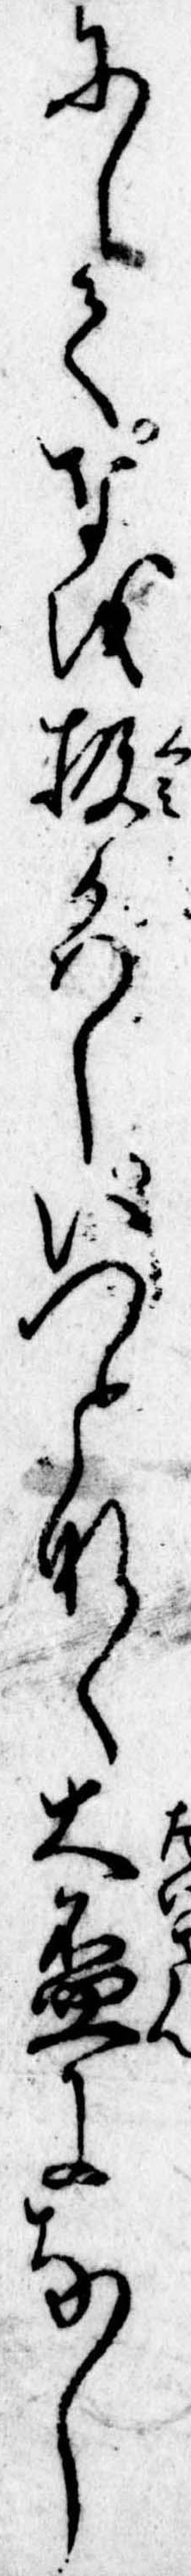
にしてなを扱かはしいつとなく大盞になし